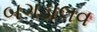
બગડાલવ